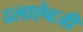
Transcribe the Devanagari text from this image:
दलाऐवजी